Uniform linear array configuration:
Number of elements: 4
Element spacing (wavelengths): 0.25
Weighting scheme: hamming
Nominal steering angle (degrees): -60
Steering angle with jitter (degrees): -59.939
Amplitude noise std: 0.05
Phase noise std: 0.05

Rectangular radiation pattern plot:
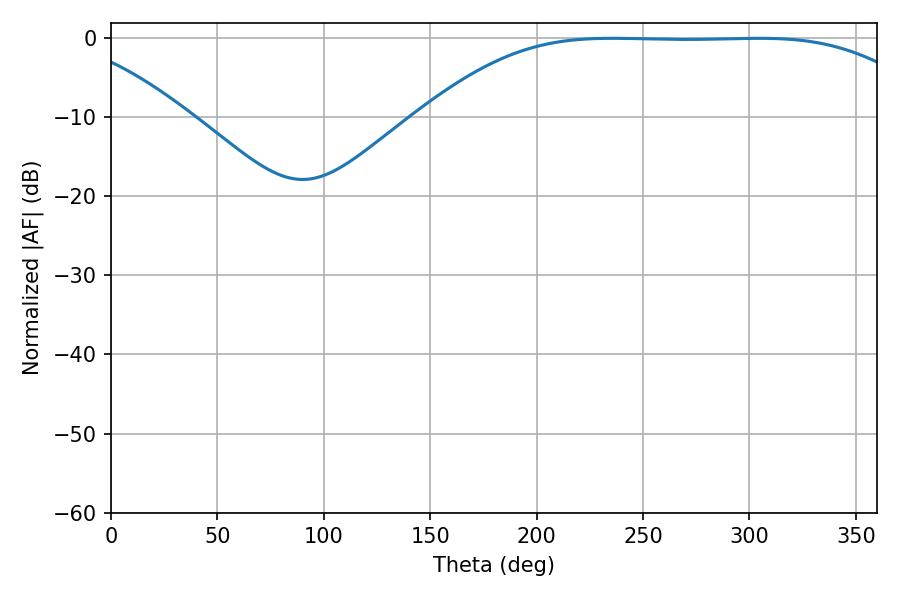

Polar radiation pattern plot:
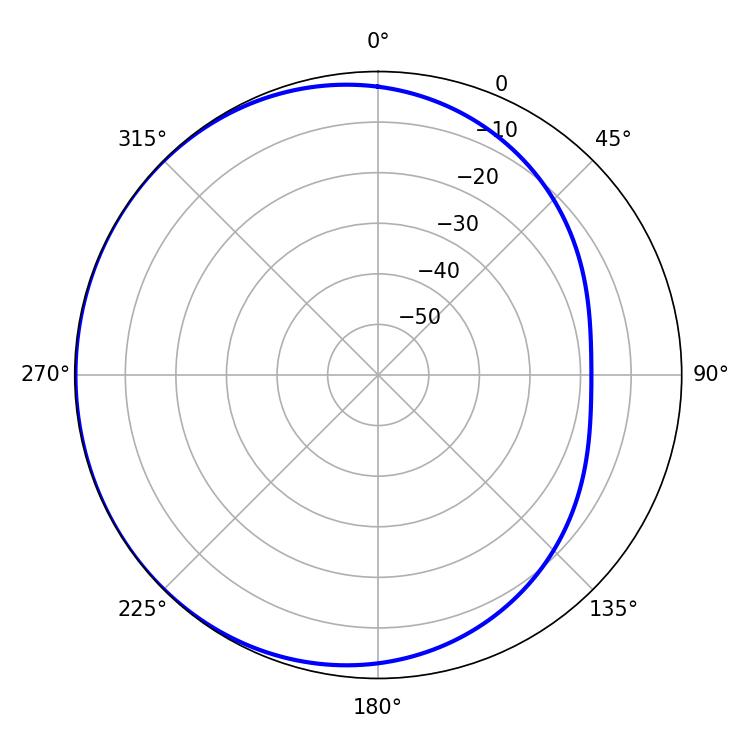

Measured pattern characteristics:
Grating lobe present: FALSE
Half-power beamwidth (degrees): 180
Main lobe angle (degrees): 235.44